Treatise on elephants
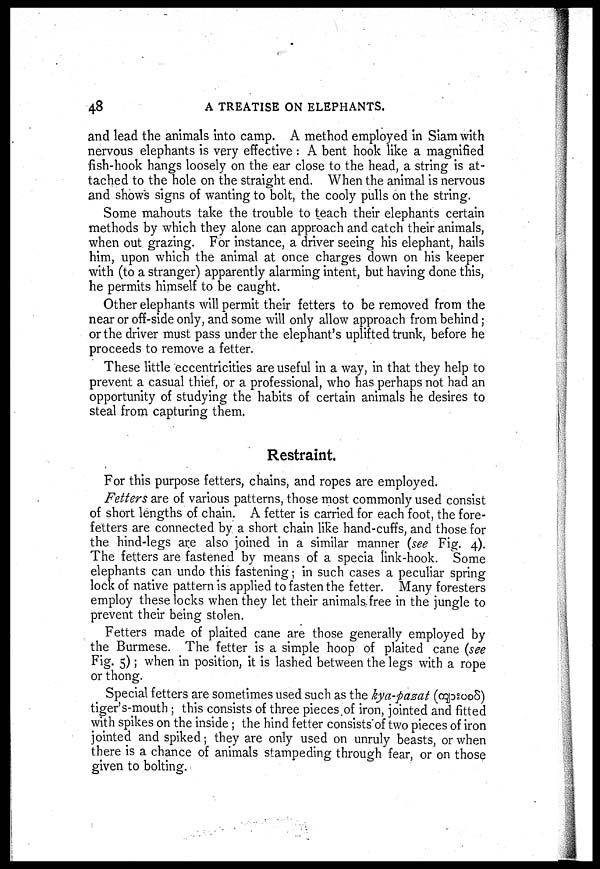
48
A TREATISE ON ELEPHANTS.
and lead the animals into camp. A method employed in Siam with
nervous elephants is very effective : A bent hook like a magnified
fish-hook hangs loosely on the ear close to the head, a string is at-
tached to the hole on the straight end. When the animal is nervous
and shows signs of wanting to bolt, the cooly pulls on the string.
Some mahouts take the trouble to teach their elephants certain
methods by which they alone can approach and catch their animals,
when out grazing. For instance, a driver seeing his elephant, hails
him, upon which the animal at once charges down on his keeper
with (to a stranger) apparently alarming intent, but having done this,
he permits himself to be caught.
Other elephants will permit their fetters to be removed from the
near or off-side only, and some will only allow approach from behind;
or the driver must pass under the elephant's uplifted trunk, before he
proceeds to remove a fetter.
These little eccentricities are useful in a way, in that they help to
prevent a casual thief, or a professional, who has perhaps not had an
opportunity of studying the habits of certain animals he desires to
steal from capturing them.
Restraint.
For this purpose fetters, chains, and ropes are employed.
Fetters are of various patterns, those most commonly used consist
of short lengths of chain. A fetter is carried for each foot, the fore-
fetters are connected by a short chain like hand-cuffs, and those for
the hind-legs are also joined in a similar manner (see Fig. 4).
The fetters are fastened by means of a specia link-hook. Some
elephants can undo this fastening; in such cases a peculiar spring
lock of native pattern is applied to fasten the fetter. Many foresters
employ these locks when they let their animals free in the jungle to
prevent their being stolen.
Fetters made of plaited cane are those generally employed by
the Burmese. The fetter is a simple hoop of plaited cane (see
Fig. 5); when in position, it is lashed between the legs with a rope
or thong.
Special fetters are sometimes used such as the kya-pazat (
)
tiger's-mouth ; this consists of three pieces of iron, jointed and fitted
with spikes on the inside ; the hind fetter consists of two pieces of iron
jointed and spiked; they are only used on unruly beasts, or when
there is a chance of animals stampeding through fear, or on those
given to bolting.